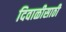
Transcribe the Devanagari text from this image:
दिवाळीसाठी